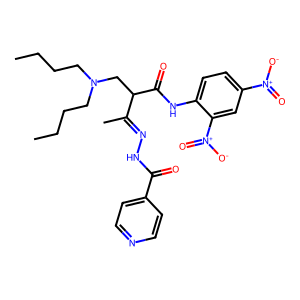
SMILES: CCCCN(CCCC)CC(C(=O)Nc1ccc([N+](=O)[O-])cc1[N+](=O)[O-])C(C)=NNC(=O)c1ccncc1
Inhibits HIV replication: No